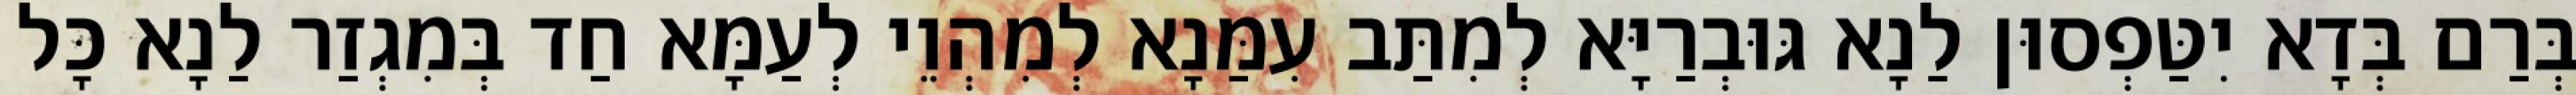
בְּרַם בְּדָא יִטַּפְסוּן לַנָא גּוּבְרַיָּא לְמִתַּב עִמַּנָא לְמִהְוֵי לְעַמָּא חַד בְּמִגְזַר לַנָא כָּל